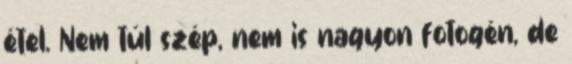
étel. Nem túl szép, nem is nagyon fotogén, de